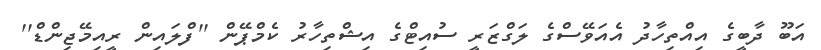
އަބޫ ދާބީގެ އިއްތިހާދު އެއަވޭސްގެ ލަގްޒަރީ ސުއިޓްގެ އިޝްތިހާރު ކެމްޕޭން ''ފްލައިން ރީއިމޭޖިންޑް''